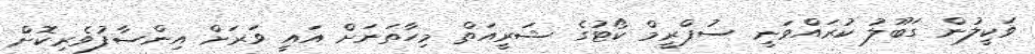
ވަކީލުން ގަބޫލު ކުރައްވަނީ ސުޕްރީމް ކޯޓުގެ ޝަރީއަތް މިހާތަނަށް އައީ ވަރަށް އިންސާފުވެރިކޮށް